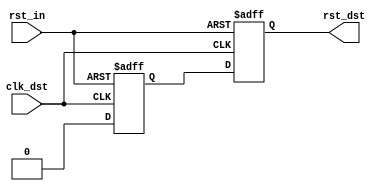
//-----------------------------------------------------------------------------
//  
//  Copyright (c) 2008 Xilinx Inc.
//
//  Project  : Programmable Wave Generator
//  Module   : reset_bridge.v
//  Parent   : Various
//  Children : None
//
//  Description: 
//    This is a specialized metastability hardener intended for use in the
//    reset path. The reset will assert ASYNCHRONOUSLY when the input reset is
//    asserted, but will deassert synchronously.
//
//    In designs with asynchronous reset flip-flops, this generates a reset
//    that can meet the "recovery time" requirement of the flip-flop (be sure
//    to enable the recovery time arc checking - ENABLE=reg_sr_r).
//
//    In designs with synchronous resets, it ensures that the reset is
//    available before the first valid clock pulse arrives.
//
//  Parameters:
//    None
//
//  Notes       : 
//
//  Multicycle and False Paths, Timing Exceptions
//    A tighter timing constraint should be placed between the rst_meta
//    and rst_dst flip-flops to allow for meta-stability settling time
//

`timescale 1ns/1ps


module reset_bridge (
  input            clk_dst,      // Destination clock
  input            rst_in,       // Asynchronous reset signal
  output reg       rst_dst       // Synchronized reset signal
);


//***************************************************************************
// Register declarations
//***************************************************************************

  reg           rst_meta;        // After sampling the async rst, this has
                                 // a high probability of being metastable.
                                 // The second sampling (rst_dst) has
                                 // a much lower probability of being
                                 // metastable

//***************************************************************************
// Code
//***************************************************************************

  always @(posedge clk_dst or posedge rst_in)
  begin
    if (rst_in)
    begin
      rst_meta <= 1'b1;
      rst_dst  <= 1'b1;
    end
    else // if !rst_dst
    begin
      rst_meta <= 1'b0;
      rst_dst  <= rst_meta;
    end // if rst
  end // always

endmodule